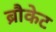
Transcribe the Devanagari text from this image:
ब्रौकेट